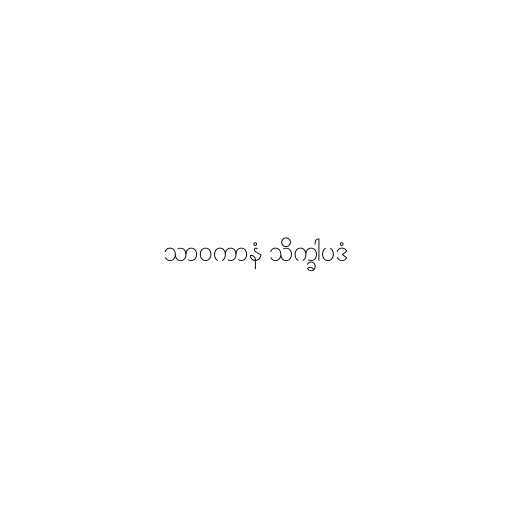
သာဝကာနံ သိက္ခါပဒံ